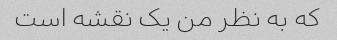
که به نظر من یک نقشه است